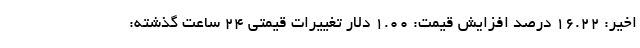
اخیر: ۱۶.۲۲ درصد افزایش قیمت: ۱.۰۰ دلار تغییرات قیمتی ۲۴ ساعت گذشته: